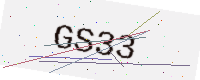
Text: GS33